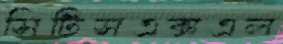
সিটিসএক্সএল